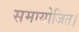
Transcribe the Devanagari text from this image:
समायोजित।